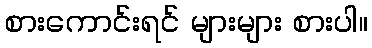
စားကောင်းရင် များများ စားပါ။